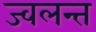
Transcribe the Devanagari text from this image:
ज्‍वलन्‍त